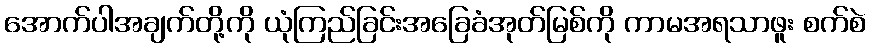
အောက်ပါအချက်တို့ကို ယုံကြည်ခြင်းအခြေခံအုတ်မြစ်ကို ကာမအရသာဖူး စက်စဲ